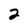
Character: 2